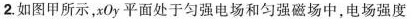
2.如图甲所示，xOy平面处于匀强电场和匀强磁场中，电场强度